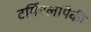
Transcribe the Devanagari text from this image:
टर्मिनलांपैकी